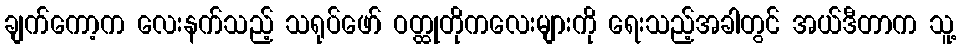
ချက်ကော့က လေးနက်သည့် သရုပ်ဖော် ဝတ္ထုတိုကလေးများကို ရေးသည့်အခါတွင် အယ်ဒီတာက သူ့